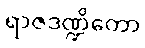
ရာဇဒဏ္ဍိတော